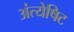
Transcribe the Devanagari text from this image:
अंत्येषिट